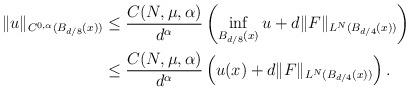
LaTeX: \begin{align*}\|u\|_{C^{0,\alpha}(B_{d/8}(x))} &\le \frac{C (N,\mu,\alpha)}{d^{\alpha}} \left ( \inf_{B_{d/8}(x)}u+d\|F\|_{L^N(B_{d/4}(x))} \right )\\&\le \frac{C (N,\mu,\alpha)}{d^{\alpha}} \left ( u(x)+d\|F\|_{L^N(B_{d/4}(x))} \right ).\end{align*}